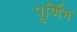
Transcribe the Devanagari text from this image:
पूर्णिम